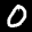
Label: 0